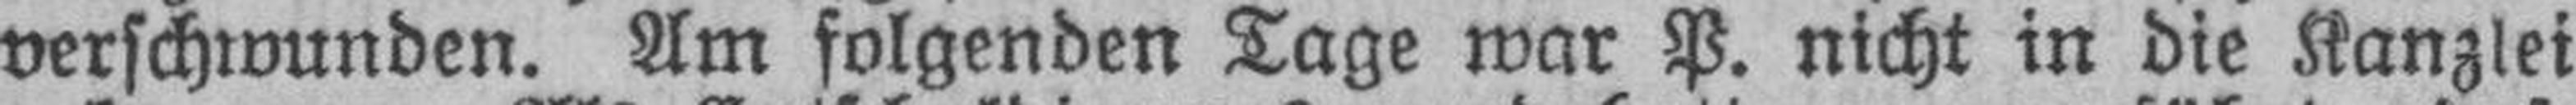
verschwunden. Am folgenden Tage war P. nicht in die Kanzlei